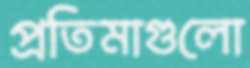
প্রতিমাগুলো